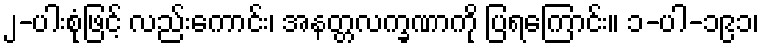
၂-ပါးစုံဖြင့် လည်းကောင်း၊ အနတ္တလက္ခဏာကို ပြရကြောင်း။ ၁-ပါ-၁၉၁၊